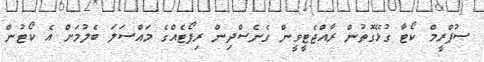
ސުޕްރީމް ކޯޓާ ގުޅޭގޮތުން ރާއްޖެޓީވީން ގެނެސްދިން ރިޕޯޓެއްގެ މައްސަލަ ބެލުމަށް އެ ކޯޓުން